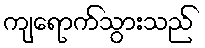
ကျရောက်သွားသည်